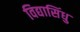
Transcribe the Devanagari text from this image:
विद्यासिंधु